Eesti_Vabariigi_Tartu_Ulikool, lk 2
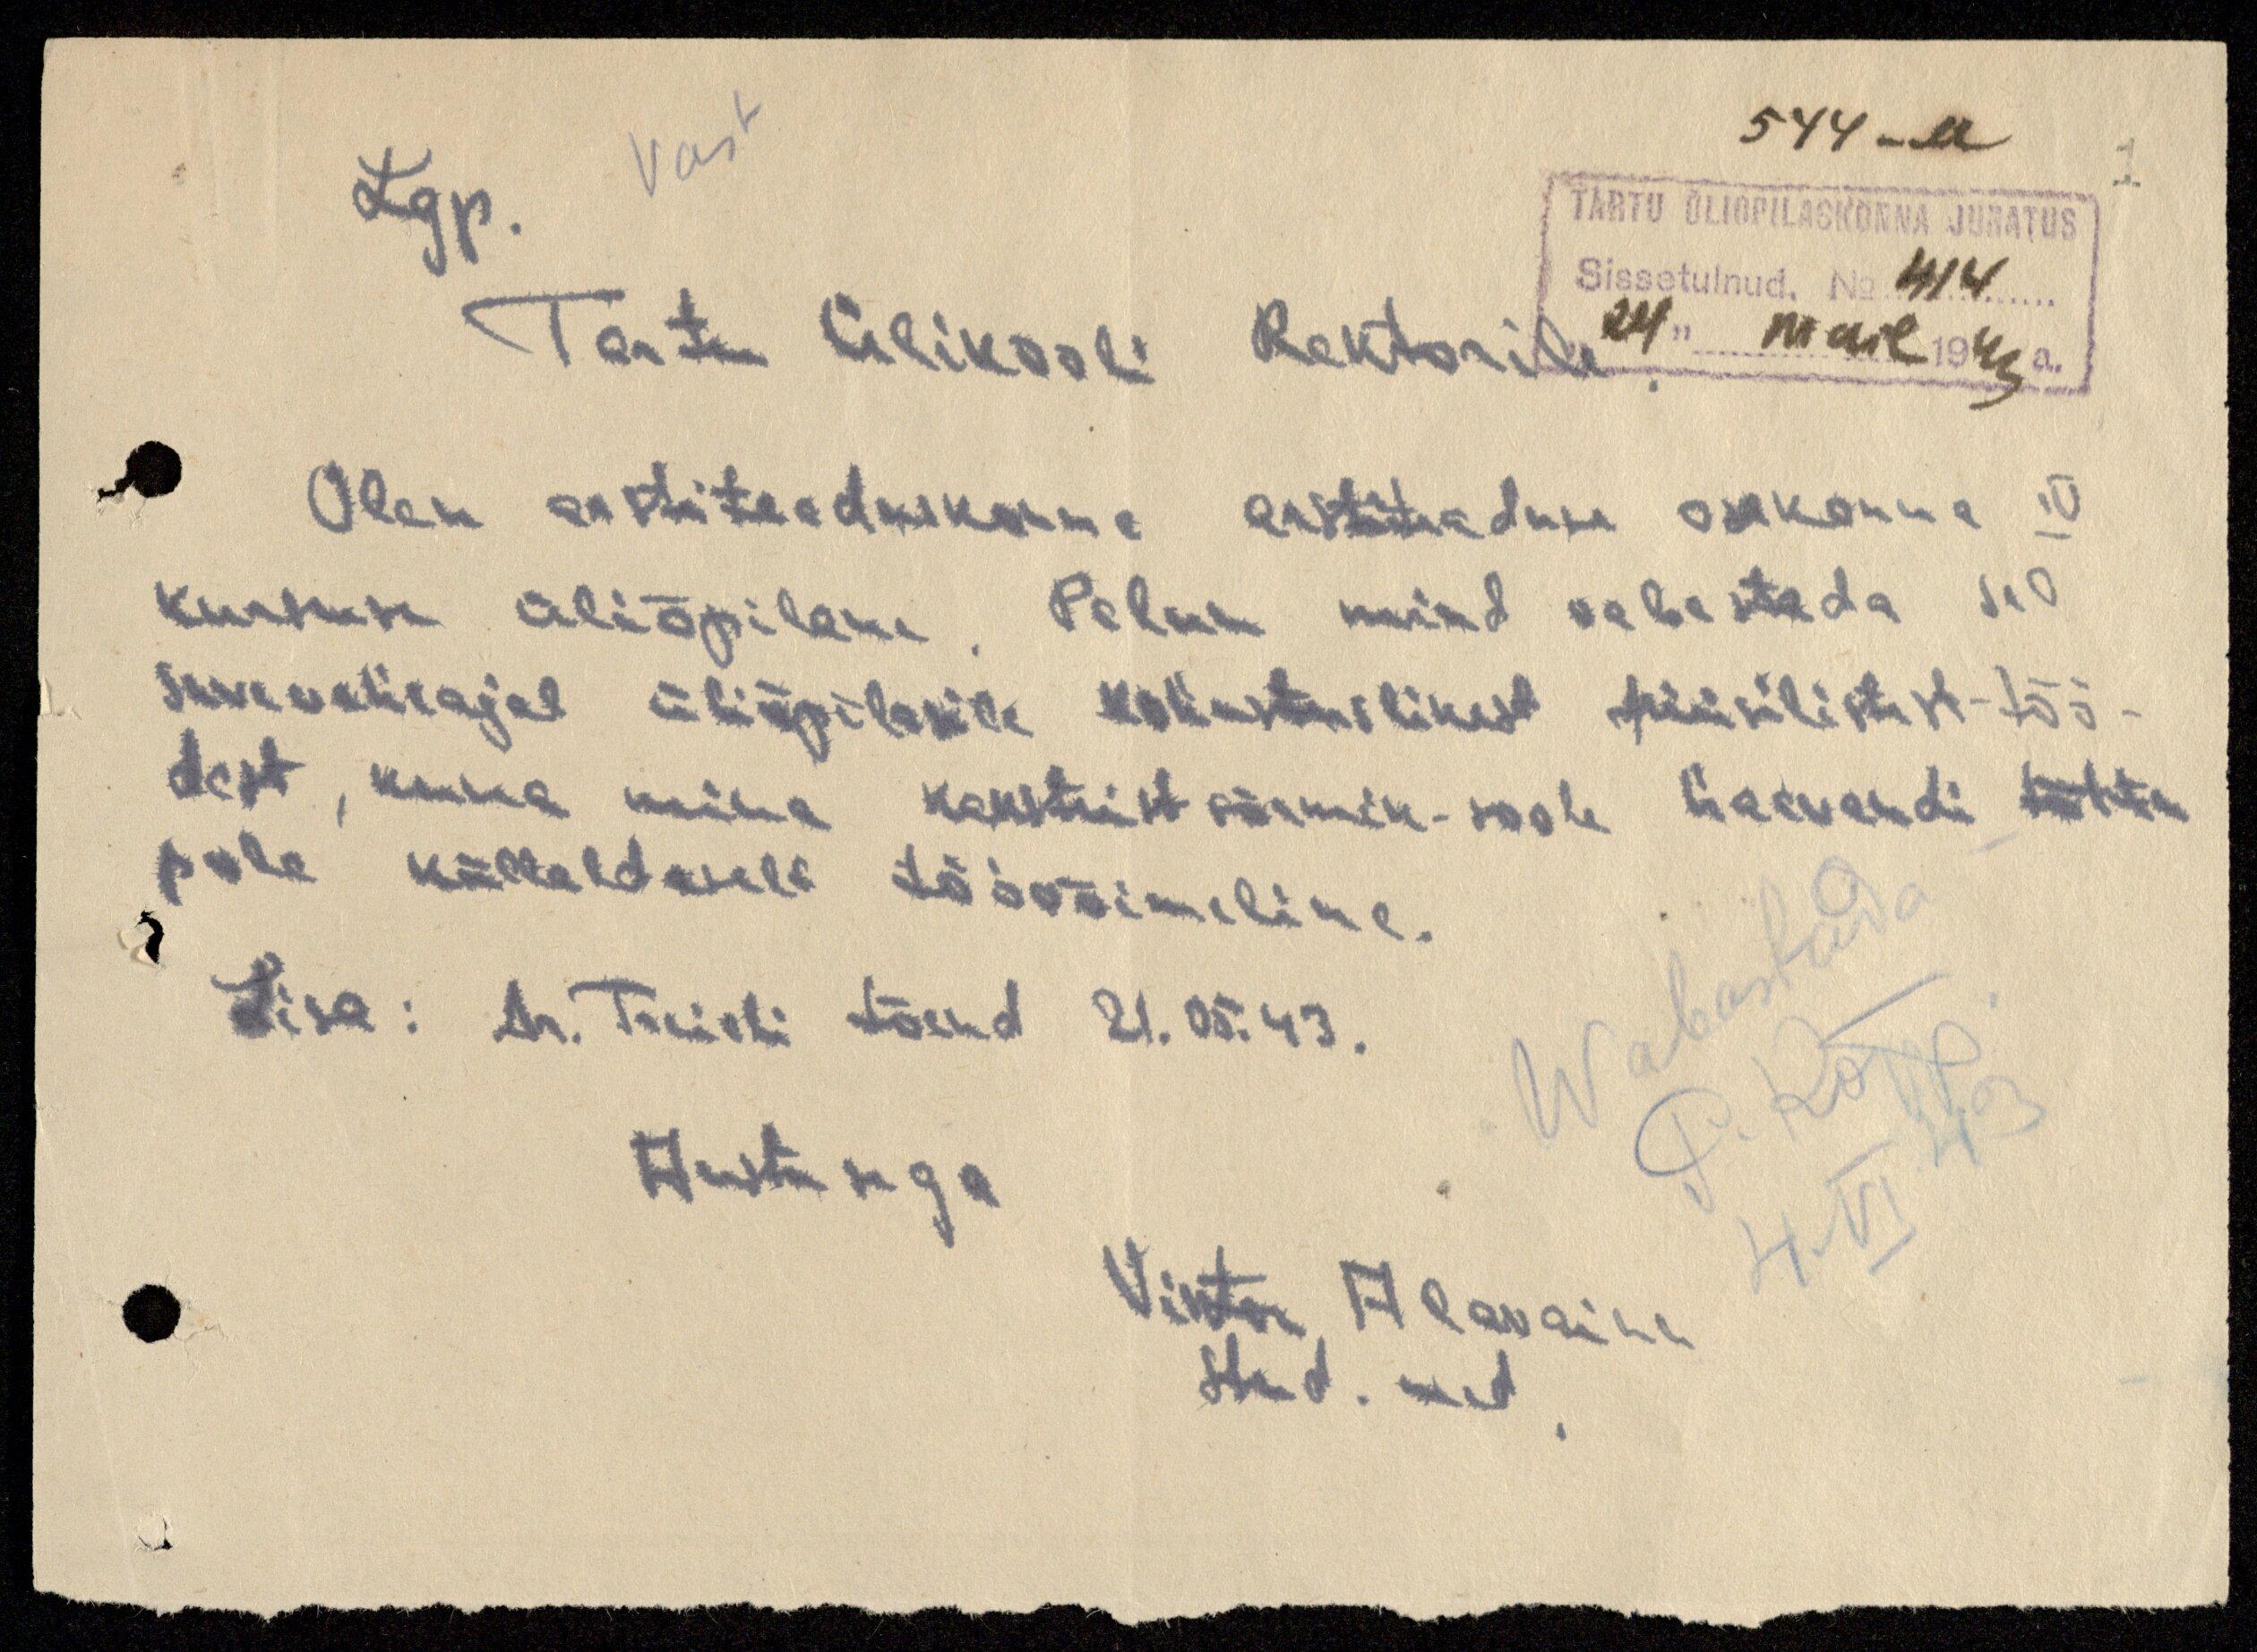
544 -a
TARTU ÜLIÕPILASKONNA JUHATUS
Sissetulnud. No 414
24" mail 1943 a.
Lgp.
Tartu Ülikooli Rektorile
Olen arstiteaduskonna arstiteaduse osakonna
kursuse üliõpilane. Palun mind vabastada
suvevaheajal üliõpilasile kohustuslikest füüsilistest-töö-
dest, kuna mina kaksteistsõrmik-soole haavandi tõttu
pole küllaldaselt töövõimeline.
Sise: Dr. Tridi tõend 21. 05. 43.
Austusega
Viktor Alavainu
Stud. med
Wabastada
P. Kõpp
4. VI. 43